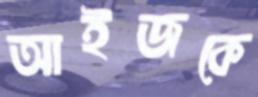
আইজকে